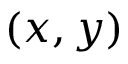
( x , y )